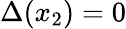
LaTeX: \Delta(x_{2})=0